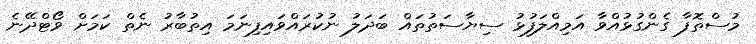
މުސްތޮފާ ގެންގުޅުއްވާ އަމިއްލަފުޅު ސިޔާސަތުތައް ބަދަލު ނުކުރައްވައިފިނަމަ އިތުބާރު ނެތް ކަމަށް ވޯޓްދޭނެ